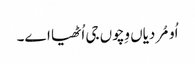
اُو مُردیاں وِچوں جی اُٹھیا اے۔